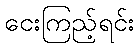
ငေးကြည့်ရင်း